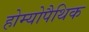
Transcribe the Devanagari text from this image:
होम्‍योपैथिक